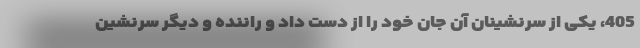
405، یکی از سرنشینان آن جان خود را از دست داد و راننده و دیگر سرنشین